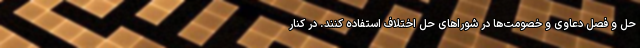
حل و فصل دعاوی و خصومت‌ها در شوراهای حل اختلاف استفاده کنند. در کنار